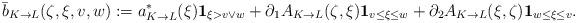
LaTeX: \begin{align*}\bar{b}_{K\to L}(\zeta,\xi,v,w)&:=a^*_{K\to L}(\xi)\mathbf{1}_{\xi> v\vee w}+\partial_1 A_{K\to L}(\zeta,\xi)\mathbf{1}_{v\leq \xi\leq w}+\partial_2 A_{K\to L}(\xi,\zeta)\mathbf{1}_{w\leq \xi\leq v}.\end{align*}